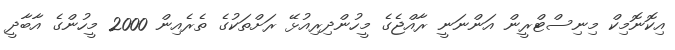
އިކޮނޮމިކް މިނިސްޓްރީން އަންނަނީ ރާއްޖެގެ މީހުންދިރިއުޅޭ ރަށްތަކުގެ ތެރެއިން 2000 މީހުންގެ އާބާދީ